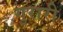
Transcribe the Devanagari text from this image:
गुरारी